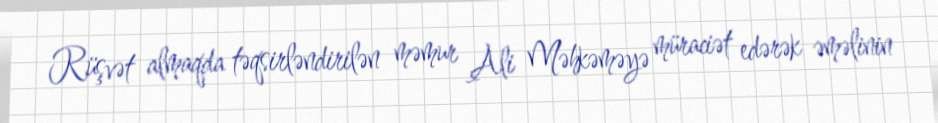
Rüşvət almaqda təqsirləndirilən məmur Ali Məhkəməyə müraciət edərək əməlinin